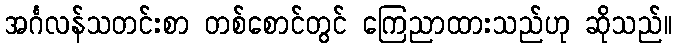
အင်္ဂလန်သတင်းစာ တစ်စောင်တွင် ကြေညာထားသည်ဟု ဆိုသည်။